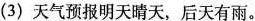
(3)天气预报明天晴天，后天有雨。